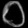
Digit: ၀